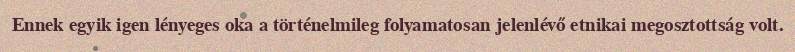
Ennek egyik igen lényeges oka a történelmileg folyamatosan jelenlévő etnikai megosztottság volt.